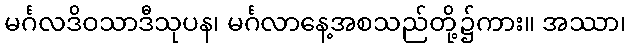
မင်္ဂလဒိဝသာဒီသုပန၊ မင်္ဂလာနေ့အစသည်တို့၌ကား။ အဿာ၊